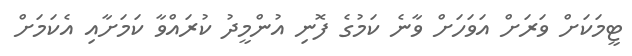
ޓީމަކަށް ވަރަށް އަވަހަށް ވާނެ ކަމުގެ ފޮނި އުންމީދު ކުރައްވާ ކަމަށާއި އެކަމަށް